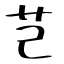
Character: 芑